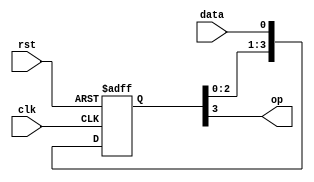
module SISO(data,clk,rst,op);
  input clk,rst;
  input data;
  output op;
  reg [3:0]T;
  always@(posedge clk or posedge rst)
    begin
      if(rst)
        T=4'b0000;
      else
        begin
          T[3]<=T[2];
          T[2]<=T[1];
          T[1]<=T[0];
          T[0]<=data;
        end
    end
  assign op = T[3];
endmodule